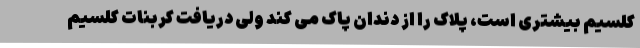
کلسیم بیشتری است، پلاک را از دندان پاک می کند ولی دریافت کربنات کلسیم